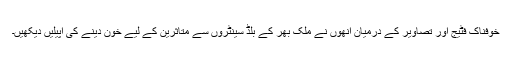
خوفناک فٹیج اور تصاویر کے درمیان انھوں نے ملک بھر کے بلڈ سینٹروں سے متاثرین کے لیے خون دینے کی اپیلیں دیکھیں۔